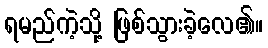
ရမည်ကဲ့သို့ ဖြစ်သွားခဲ့လေ၏။